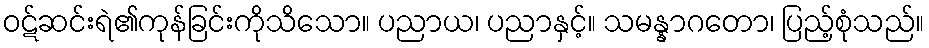
ဝဋ်ဆင်းရဲ၏ကုန်ခြင်းကိုသိသော။ ပညာယ၊ ပညာနှင့်။ သမန္နာဂတော၊ ပြည့်စုံသည်။